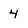
Character: 4